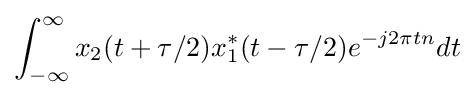
\int _{-\infty }^{\infty }x_{2}(t+\tau /2)x_{1}^{*}(t-\tau /2)e^{-j2\pi tn}dt